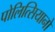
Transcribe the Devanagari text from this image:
पोलित्सियानो